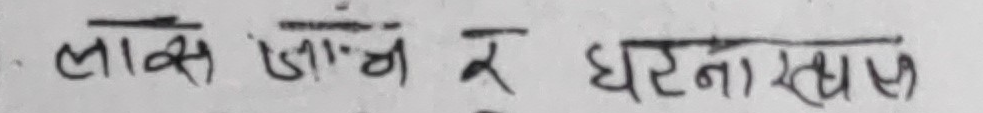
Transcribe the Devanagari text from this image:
लाप्स जाँच र घटना स्थळ